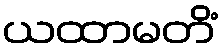
ယထာမတိံ